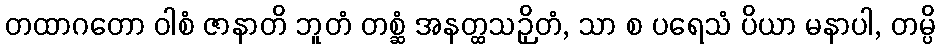
တထာဂတော ဝါစံ ဇာနာတိ ဘူတံ တစ္ဆံ အနတ္ထသဉှိတံ, သာ စ ပရေသံ ပိယာ မနာပါ, တမ္ပိ